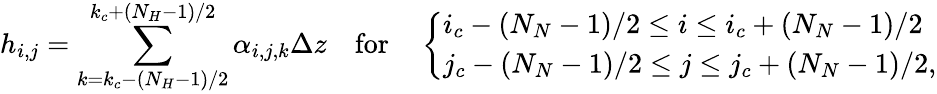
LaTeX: h_{i,j}=\sum_{k=k_{c}-(N_{H}-1)/2}^{k_{c}+(N_{H}-1)/2}\alpha_{i,j,k}\Delta z\quad\mathrm{for}\quad\left\{ \begin{array}{ll}{i_{c}-(N_{N}-1)/2\le i\le i_{c}+(N_{N}-1)/2}\\ {j_{c}-(N_{N}-1)/2\le j\le j_{c}+(N_{N}-1)/2,}\end{array}\right.